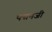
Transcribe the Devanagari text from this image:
पद्मनजी